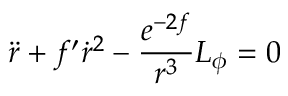
\ddot { r } + f ^ { \prime } \dot { r } ^ { 2 } - \frac { e ^ { - 2 f } } { r ^ { 3 } } L _ { \phi } = 0